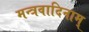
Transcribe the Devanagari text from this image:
मन्त्रवादिनाम्